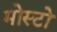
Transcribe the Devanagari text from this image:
मोस्टो